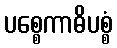
ပစ္စေကာဓိပစ္စံ